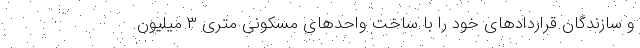
و سازندگان قراردادهای خود را با ساخت واحدهای مسکونی متری ۳ میلیون